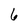
Character: 6